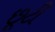
છૂટી